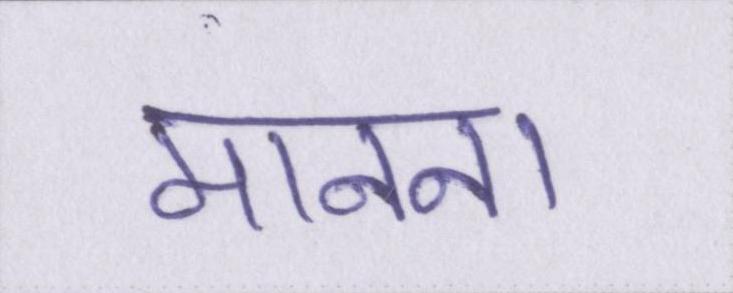
मानना